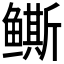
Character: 𱈒